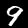
Digit: 9